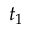
t _ { 1 }